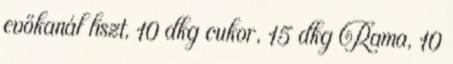
evőkanál liszt, 10 dkg cukor, 15 dkg Rama, 10